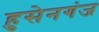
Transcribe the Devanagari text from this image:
हुसेनगंज